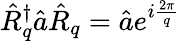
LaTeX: \hat{R}_{q}^{\dagger}\hat{a}\hat{R}_{q}=\hat{a}e^{i\frac{2\pi}{q}}